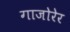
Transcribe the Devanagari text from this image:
गाजोरेर